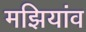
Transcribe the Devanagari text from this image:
मझियांव